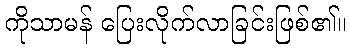
ကိုသာမန် ပြေးလိုက်လာခြင်းဖြစ်၏။